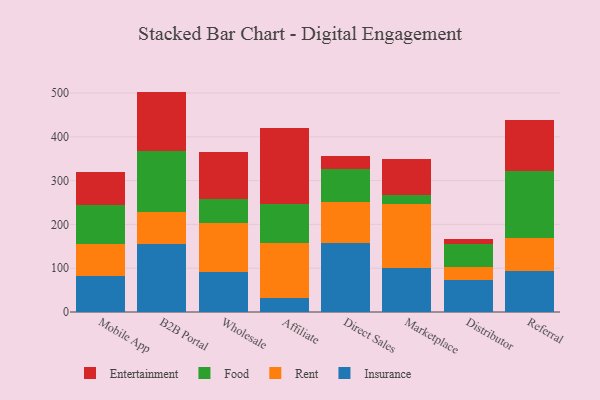
{"axis": {"x": "Channel", "y": "Temperature (°C)"}, "legend": ["Entertainment", "Food", "Insurance", "Rent"], "data": [{"x": "Mobile App", "y": 81.9, "type": "Insurance"}, {"x": "Mobile App", "y": 74.5, "type": "Rent"}, {"x": "Mobile App", "y": 88.5, "type": "Food"}, {"x": "Mobile App", "y": 73.8, "type": "Entertainment"}, {"x": "B2B Portal", "y": 155.4, "type": "Insurance"}, {"x": "B2B Portal", "y": 73.7, "type": "Rent"}, {"x": "B2B Portal", "y": 138.6, "type": "Food"}, {"x": "B2B Portal", "y": 135.6, "type": "Entertainment"}, {"x": "Wholesale", "y": 91.6, "type": "Insurance"}, {"x": "Wholesale", "y": 110.9, "type": "Rent"}, {"x": "Wholesale", "y": 55.5, "type": "Food"}, {"x": "Wholesale", "y": 107.8, "type": "Entertainment"}, {"x": "Affiliate", "y": 31.8, "type": "Insurance"}, {"x": "Affiliate", "y": 126.0, "type": "Rent"}, {"x": "Affiliate", "y": 88.4, "type": "Food"}, {"x": "Affiliate", "y": 174.1, "type": "Entertainment"}, {"x": "Direct Sales", "y": 158.3, "type": "Insurance"}, {"x": "Direct Sales", "y": 92.7, "type": "Rent"}, {"x": "Direct Sales", "y": 75.2, "type": "Food"}, {"x": "Direct Sales", "y": 30.9, "type": "Entertainment"}, {"x": "Marketplace", "y": 100.9, "type": "Insurance"}, {"x": "Marketplace", "y": 144.9, "type": "Rent"}, {"x": "Marketplace", "y": 21.7, "type": "Food"}, {"x": "Marketplace", "y": 82.9, "type": "Entertainment"}, {"x": "Distributor", "y": 73.4, "type": "Insurance"}, {"x": "Distributor", "y": 30.1, "type": "Rent"}, {"x": "Distributor", "y": 51.4, "type": "Food"}, {"x": "Distributor", "y": 11.1, "type": "Entertainment"}, {"x": "Referral", "y": 93.0, "type": "Insurance"}, {"x": "Referral", "y": 76.1, "type": "Rent"}, {"x": "Referral", "y": 152.8, "type": "Food"}, {"x": "Referral", "y": 117.4, "type": "Entertainment"}]}